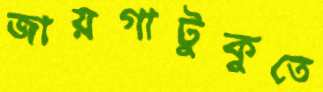
জায়গাটুকুতে